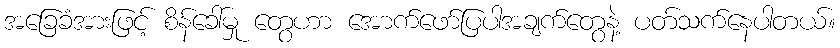
အခြေခံအားဖြင့် စိန်ခေါ်မှု တွေဟာ အောက်ဖော်ပြပါအချက်တွေနဲ့ ပတ်သက်နေပါတယ်။